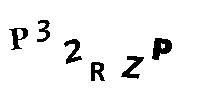
P32RZP